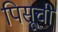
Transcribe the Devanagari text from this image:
पिसूची